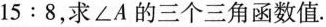
1 5 : 8$$，求∠A的三个三角函数值。